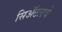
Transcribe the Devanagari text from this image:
सिॲटलचे